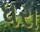
ધરા